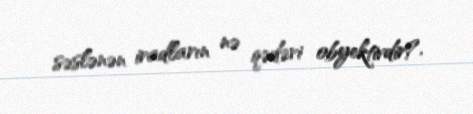
səslənən iradların nə qədəri obyektivdir?.